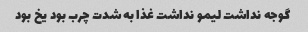
گوجه نداشت لیمو نداشت غذا به شدت چرب بود یخ بود